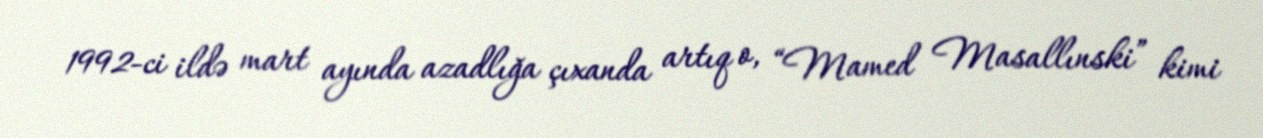
1992-ci ildə mart ayında azadlığa çıxanda artıq o, “Mamed Masallınski” kimi